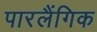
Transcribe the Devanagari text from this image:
पारलैंगिक